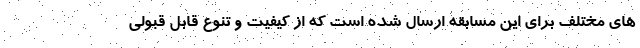
های مختلف برای این مسابقه ارسال شده است که از کیفیت و تنوع قابل قبولی